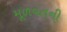
મૂળવતની